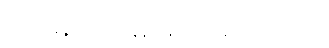
ဘဝမှတ်တမ်းမှာ ပါရှိပါတယ်။